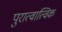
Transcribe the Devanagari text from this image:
पुरात्वात्विक